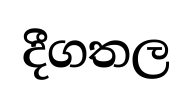
දීගතල